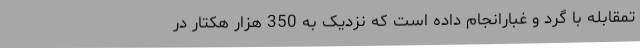
تمقابله با گرد و غبارانجام داده است که نزدیک به 350 هزار هکتار در